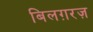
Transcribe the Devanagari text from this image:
बिलग़रज़